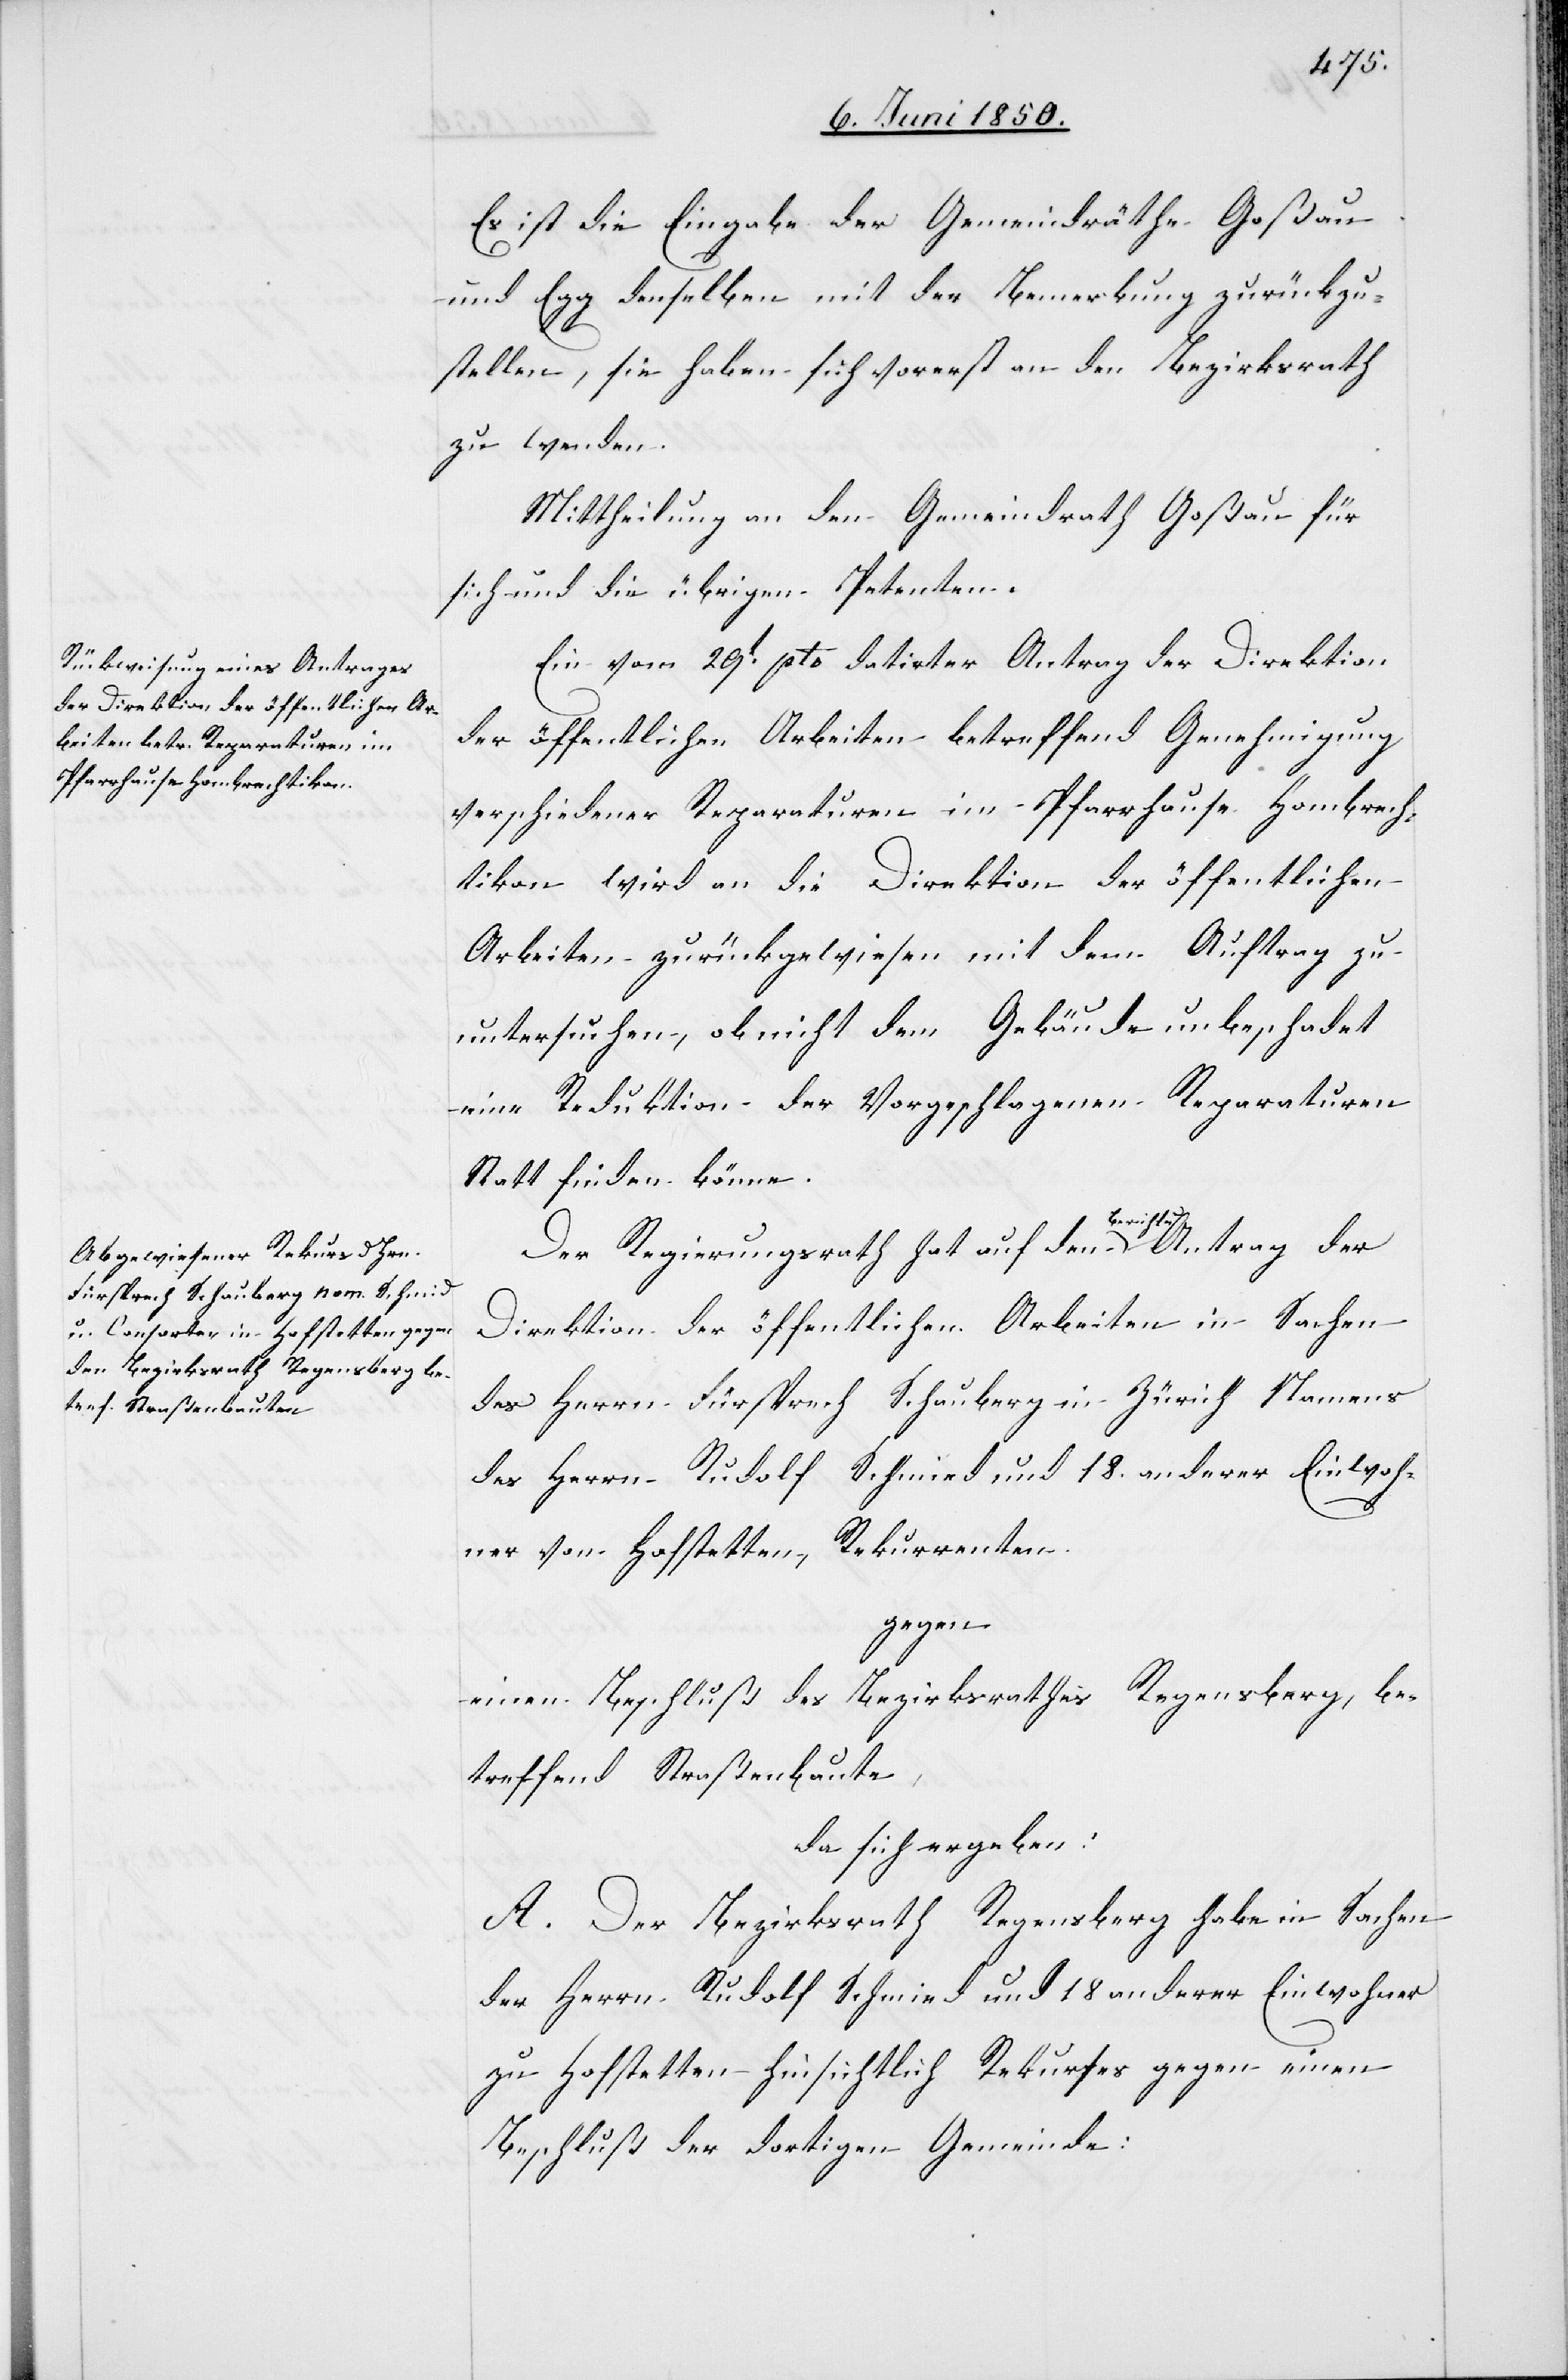
Es ist die Eingabe der Gemeindräthe Goßau
und Egg denselben mit der Bemerkung zurückzu¬
stellen, sie haben sich vorerst an den Bezirksrath
zu wenden.
Mittheilung an den Gemeindrath Goßau für
sich und die übrigen Petenten.
Ein vom 29t pto datirter Antrag der Direktion
der öffentlichen Arbeiten betreffend Genehmigung
verschiedener Reparaturen im Pfarrhause Hombrech¬
tikon wird an die Direktion der öffentlichen
Arbeiten zurückgewiesen mit dem Auftrag zu
untersuchen, ob nicht dem Gebäude unbeschadet
eine Reduktion der Vorgeschlagenen Reparaturen
Statt finden könne.
Der Regierungsrath hat auf den Bericht u.
Direktion der öffentlichen Arbeiten in Sachen
des Herrn Fürsprech Schauberg in Zürich Namens
des Herrn Rudolf Schmied [sic!] und 18. anderer Einwoh¬
ner von Hofstetten, Rekurrenten
gegen
einen Beschluß des Bezirkrathes Regensberg, be¬
treffend Straßenbaute,
da sich ergeben:
A. Der Bezirksrath Regensberg habe in Sachen
der Herrn Rudolf Schmied und 18 anderer Einwohner
zu Hofstetten hinsichtlich Rekurses gegen einen
Beschluß der dortigen Gemeinde: